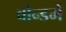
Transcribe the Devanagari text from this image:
बोन्डमें